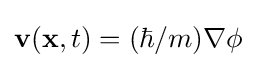
\mathbf {v} (\mathbf {x} ,t)=(\hbar /m)\nabla \phi